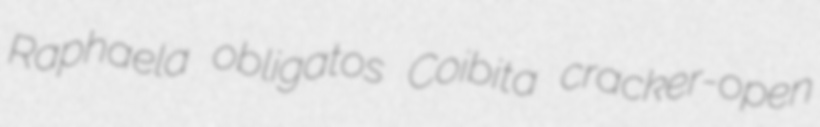
Raphaela obligatos Coibita cracker-open